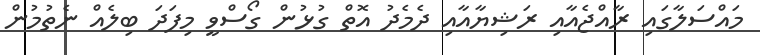
މައްސަލާގައި ރާއްޖެއާއި ރަޝިޔާއާއި ދެމެދު އޮތް ގުޅުން ގޯސްވީ މިފަދަ ބިލެއް ނެތުމުން